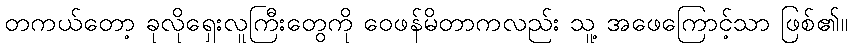
တကယ်တော့ ခုလိုရှေးလူကြီးတွေကို ဝေဖန်မိတာကလည်း သူ့ အဖေကြောင့်သာ ဖြစ်၏။